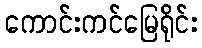
ကောင်းကင်မြေရိုင်း